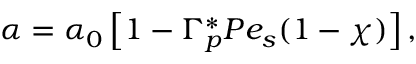
\alpha = \alpha _ { 0 } \left[ 1 - \Gamma _ { p } ^ { \ast } P e _ { s } ( 1 - \chi ) \right] ,